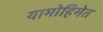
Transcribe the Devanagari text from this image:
यामोहिमेत